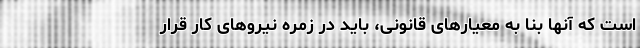
است که آنها بنا به معیارهای قانونی، باید در زمره نیروهای کار قرار